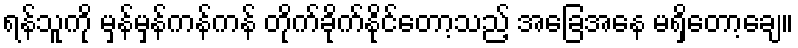
ရန်သူကို မှန်မှန်ကန်ကန် တိုက်ခိုက်နိုင်တော့သည့် အခြေအနေ မရှိတော့ချေ။